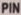
PIN